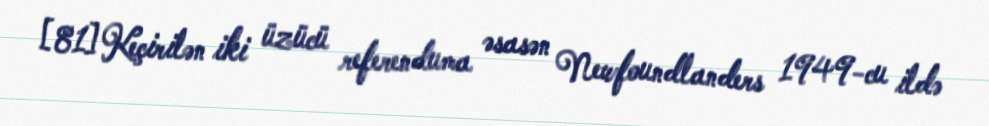
[81] Keçirilən iki üzücü referenduma əsasən Newfoundlanders 1949-cu ildə